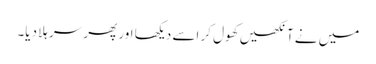
میں نے آنکھیں کھول کر اسے دیکھا اور پھر سر ہلا دیا۔